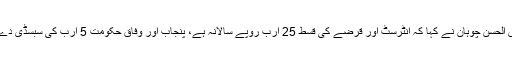
فیاض الحسن چوہان نے کہا کہ انٹرسٹ اور قرضے کی قسط 25 ارب روپے سالانہ ہے، پنجاب اور وفاق حکومت 5 ارب کی سبسڈی دے گی۔